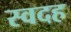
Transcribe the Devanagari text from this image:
स्वदह